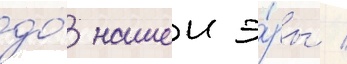
до́ нашеи э́ры /